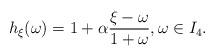
LaTeX: \begin{align*}h_{\xi}(\omega) = 1 + \alpha \frac{\xi - \omega}{1 + \omega }, \omega \in I_4.\end{align*}